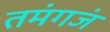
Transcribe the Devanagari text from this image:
तमंगजं